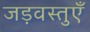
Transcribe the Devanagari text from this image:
जड़वस्तुएँ